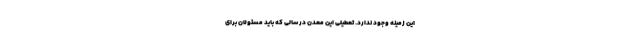
این زمینه وجود ندارد. تعطیلی این معدن در سالی که باید مسئولان برای